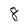
Character: 8